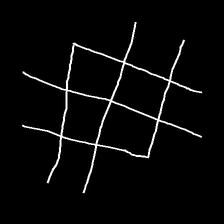
Glyph: crystal